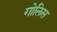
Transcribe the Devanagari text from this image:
गोलिस